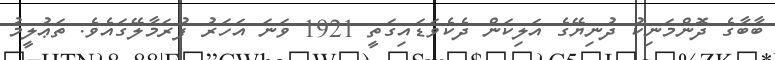
ބާބާގެ ދޮންމަނިކު ދުނިޔޭގެ އަލިކަން ދެކެވަޑައިގަތީ 1921 ވަނަ އަހަރު ފުރަމާލޭގައެވެ. ތަޢުލީމު